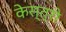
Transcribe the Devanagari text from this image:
केस्त्रो